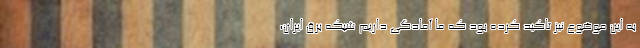
به این موضوع نیز تاکید کرده بود که ما آمادگی داریم شبکه برق ایران،